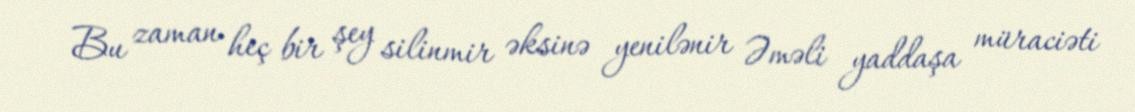
Bu zaman heç bir şey silinmir əksinə yenilənir Əməli yaddaşa müraciəti